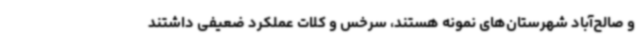
و صالح‌آباد شهرستان‌های نمونه هستند، سرخس و کلات عملکرد ضعیفی داشتند